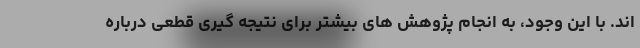
اند. با این وجود، به انجام پژوهش های بیشتر برای نتیجه گیری قطعی درباره